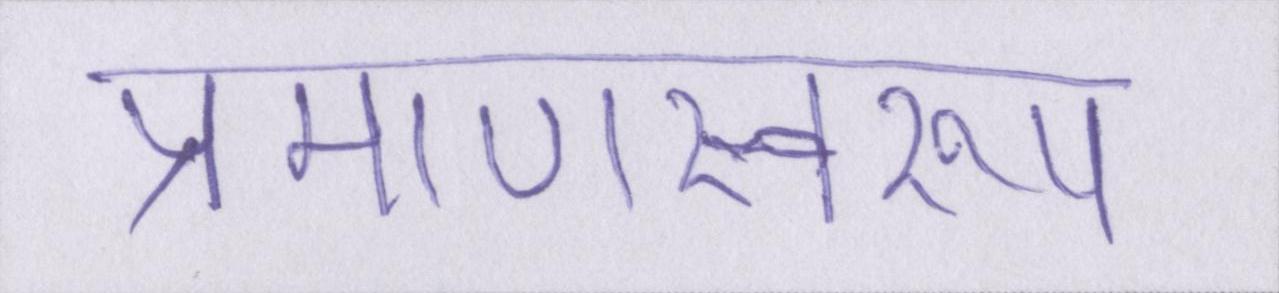
प्रमाणस्वरूप